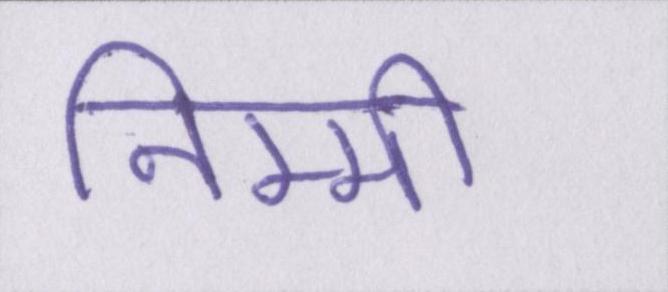
निम्मी